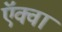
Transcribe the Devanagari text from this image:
ऍक्वा